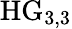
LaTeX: \mathrm{HG}_{3,3}